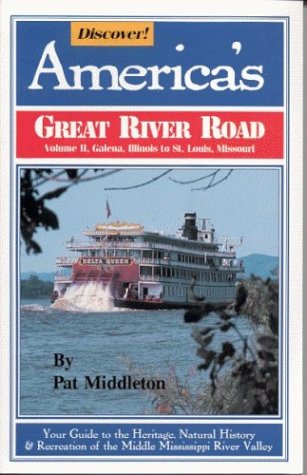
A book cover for Discover! America's Great River Road: Volume II: Galena, Illinois to St. Louis, Missouri; Pat Middleton; Travel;